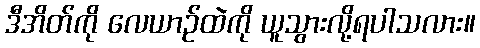
ဒီအိတ်ကို လေယာဉ်ထဲကို ယူသွားလို့ရပါသလား။